King Institute of Preventive Medicine Bacteriolog. Section reports 1907-08
Year: 1907
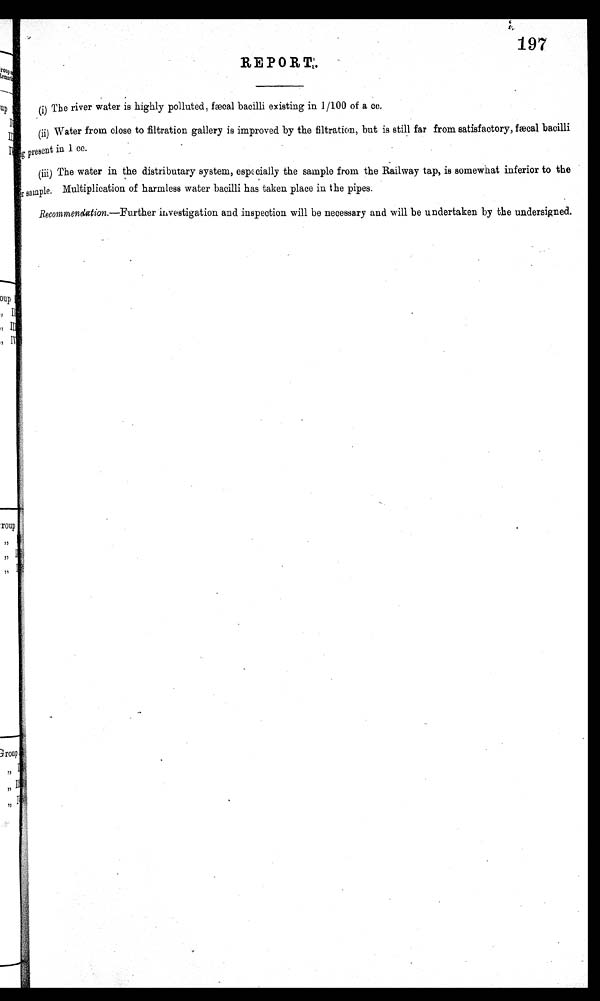
197
REPORT.
(i) The river water is highly polluted, faecal bacilli existing in 1/100 of a cc.
(ii) Water from close to filtration gallery is improved by the filtration, but is still far from satisfactory, f æ cal bacilli
<illegible/>
present in 1 cc.
(iii) The water in the distributary system, especially the sample from the Railway tap, is somewhat inferior to the
<illegible/>sample. Multiplication of harmless water bacilli has taken place in the pipes.
Recommendation. —Further investigation and inspection will be necessary and will be undertaken by the undersigned.